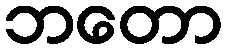
ဘတော